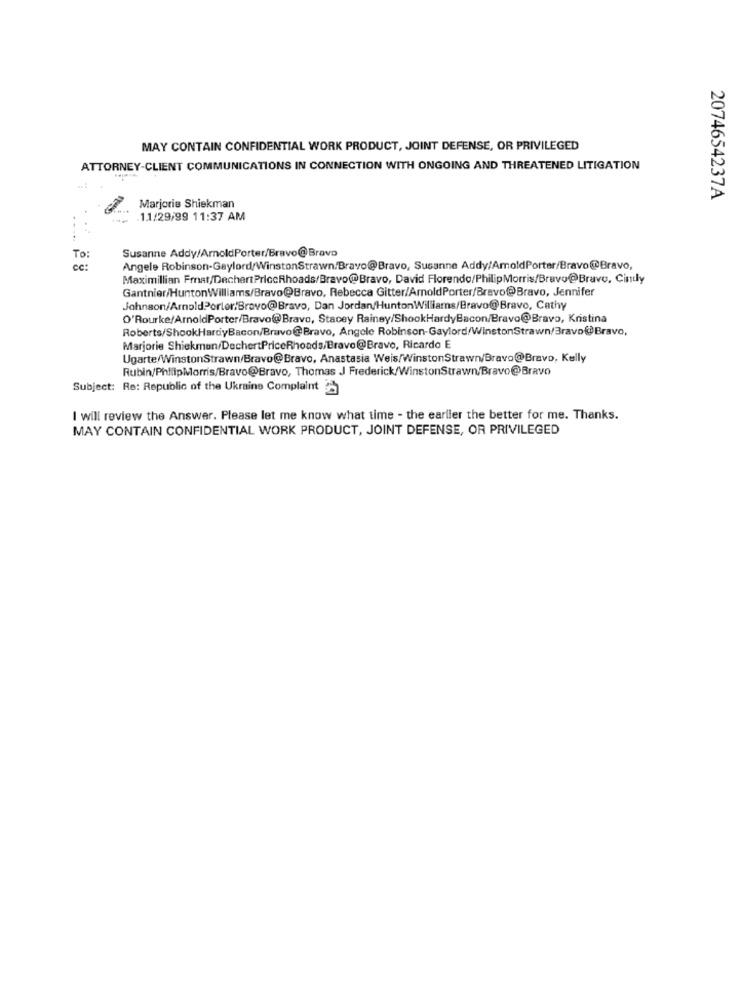
MAY CONTAIN CONFIDENTIAL WORK PRODUCT, JOINT DEFENSE, OR PRIVILEGED
ATTORNEY-CLIENT COMMUNICATIONS IN CONNECTION WITH ONGOING AND THREATENED LITIGATION
2074654237A
Marjorie Shiekman
. -
1.1/29/99 11:37 AM
Susanne Addy/ArnoldPorter/Bravo@Bravo
To:
CC:
Angele Robinson-Gaylord/WinstonStrawn/Bravo@Bravo, Susanne Addy/ArnoldPorter/Bravo@Bravo,
Maximillian Frat/DechertPriceRhoads/Bravo@Bravo, David Florendo/PhilipMorris/Bravo@Bravo. Cindy
Gantnier/HuntonWilliams/Bravo@Bravo, Rebecca Gitter/AmoldPorter/Bravo@Bravo, Jennifer
Johnson/ArnoldPorter/Bravo@Bravo, Dan Jordan/HuntonWilliams/Bravo@Bravo, Cathy
O'Rourke/ArnoldPorter/Bravo@Bravo, Stacey Rainey/ShookHardyBacon/Bravo@Bravo, Kristina
Roberts/ShookHardyBacon/Bravo@Bravo, Angele Robinson-Gaylord/WinstonStrawn/Bravo@Bravo,
Marjorie Shiekman/DechertPriceRhoads/Brave@Bravo, Ricardo E
Ugarte/WinstonStrawn/Bravo@Bravo, Anastasia Weis/WinstonStrawn/Bravo@Bravo, Kelly
Rubin/PhilipMorris/Bravo@Bravo, Thomas J Frederick/WinstonStrawn/Bravo@Bravo
Subject: Re: Republic of the Ukraine Complaint
I will review the Answer. Please let me know what time - the earlier the better for me. Thanks.
MAY CONTAIN CONFIDENTIAL WORK PRODUCT, JOINT DEFENSE, OR PRIVILEGED